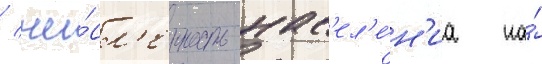
/ чи́сл'енность нас'ел'е́н'иа на́